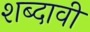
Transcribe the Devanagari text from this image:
शब्दावी